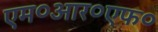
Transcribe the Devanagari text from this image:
एम०आर०एफ०